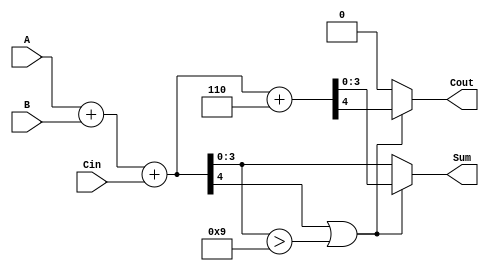
module BCD_Adder (
    input  wire [3:0] A,     // BCD digit A
    input  wire [3:0] B,     // BCD digit B
    input  wire Cin,         // Carry-in
    output reg  [3:0] Sum,   // BCD sum output
    output reg  Cout         // Carry-out
);

    wire [4:0] temp_sum;     // Temporary sum (5 bits to accommodate carry)
    
    // Step 1: Add A, B and Cin
    assign temp_sum = A + B + Cin;

    // Step 2: Check for BCD correction
    always @(*) begin
        // Initialize outputs
        Sum = 4'b0000;
        Cout = 1'b0;

        // Check if correction is needed
        if (temp_sum[4] || (temp_sum[3:0] > 4'b1001)) begin
            // Apply BCD correction by adding 6
            {Cout, Sum} = temp_sum + 5'b00110; // Add 6 to the temp_sum
        end else begin
            // No correction needed
            Sum = temp_sum[3:0]; // Assign lower 4 bits to Sum
            Cout = 1'b0;         // No carry-out
        end
    end

endmodule